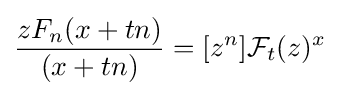
{\frac {zF_{n}(x+tn)}{(x+tn)}}=[z^{n}]{\mathcal {F}}_{t}(z)^{x}